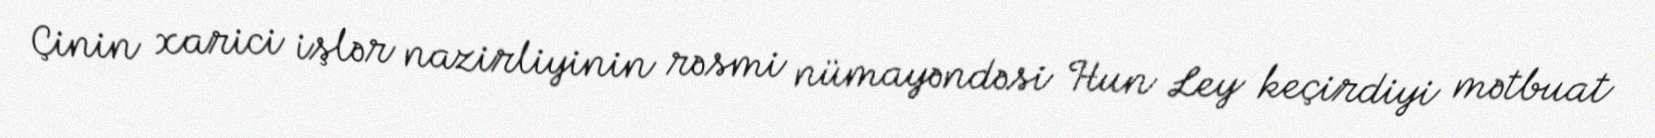
Çinin xarici işlər nazirliyinin rəsmi nümayəndəsi Hun Ley keçirdiyi mətbuat